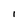
Character: I